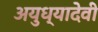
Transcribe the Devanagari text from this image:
अयुध्यादेवी